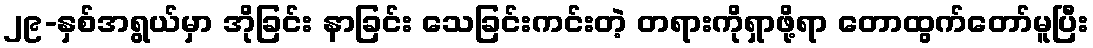
၂၉-နှစ်အရွယ်မှာ အိုခြင်း နာခြင်း သေခြင်းကင်းတဲ့ တရားကိုရှာဖို့ရာ တောထွက်တော်မူပြီး